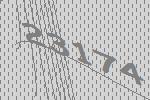
23174